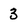
Character: 3